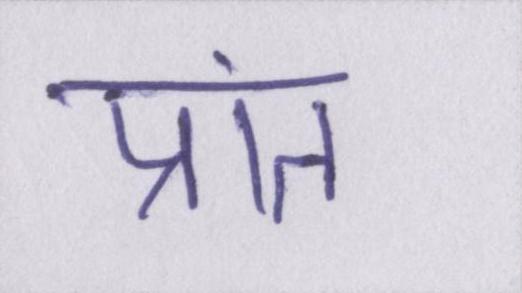
प्रांत